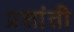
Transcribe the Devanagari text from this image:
प्रशांती